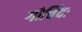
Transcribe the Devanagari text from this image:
गोविंदः